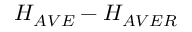
H _ { A V E } - H _ { A V E R }